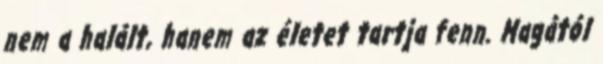
nem a halált, hanem az életet tartja fenn. Magától